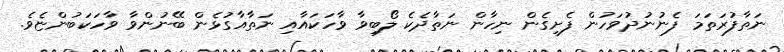
ނަތާފުރަތަމަ ފެނުނުދުވަހުން ފެށިގެން ނިހާން ނަތާދެކެ ލޯބިވާ ވާހަކައާއި ނަތާއާގުޅެން ބޭނުންވާ ވާހަކަބުންޏެވެ.